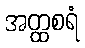
အတ္ထစရံ